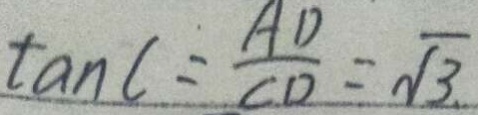
\tan C = \frac { A D } { C D } = \sqrt { 3 } _ { \cdot }